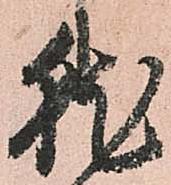
就